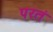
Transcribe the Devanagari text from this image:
परतं